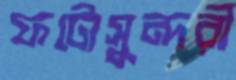
ফটোসুন্দরী